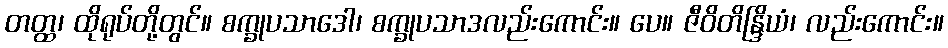
တတ္ထ၊ ထိုရုပ်တို့တွင်။ စက္ခုပသာဒေါ၊ စက္ခုပသာဒလည်းကောင်း။ ပေ။ ဇီဝိတိန္ဒြိယံ၊ လည်းကောင်း။